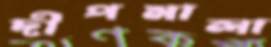
দীপমালা